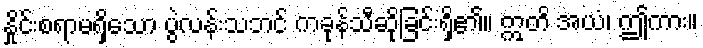
နှိုင်းစရာမရှိသော ပွဲလန်းသဘင် ကခုန်သီဆိုခြင်းရှိ၏။ ဣတိ အယံ၊ ဤကား။